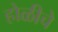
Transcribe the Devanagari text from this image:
होळीचे